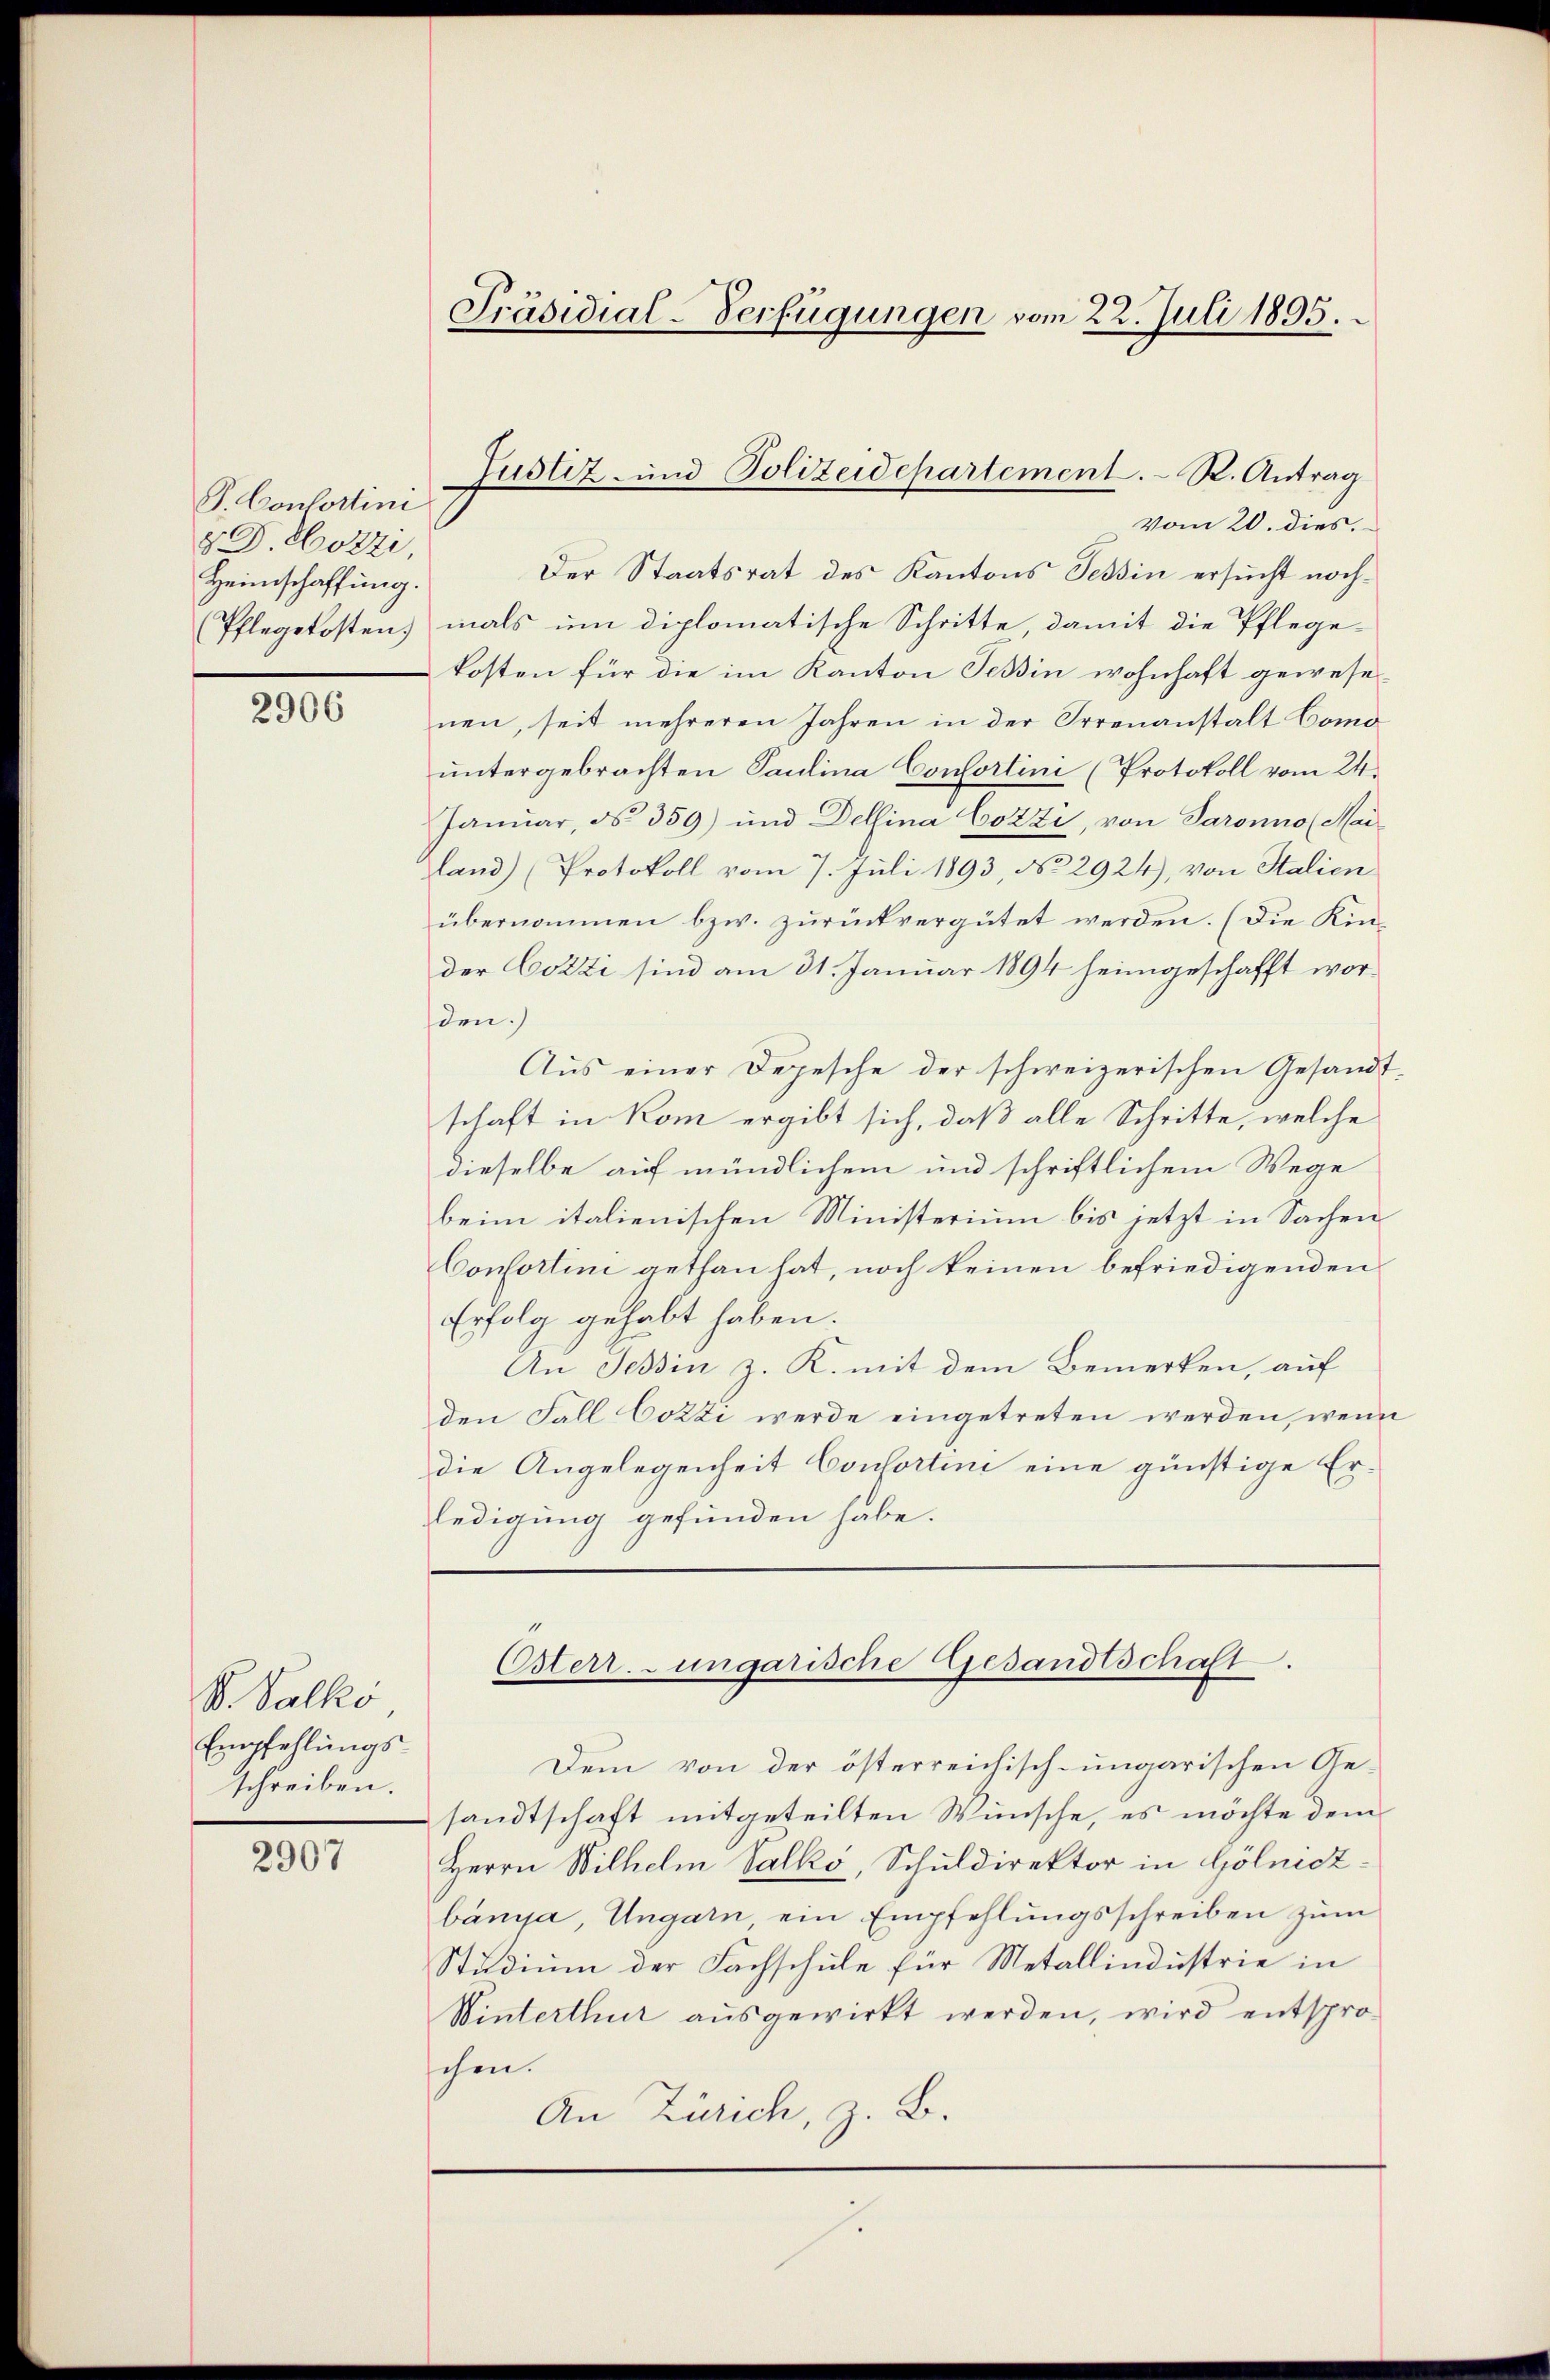
P. Consortini
§. Dr. Hotzi,
Heimschaffung.

2906

B. Salko
Empfehlungs-
schreiben.

2907

Präsidial-Verfügungen vom 22. Juli 1895.

Der Staatsrat des Kantons Tessin ersucht noch¬
Pflegekosten mals um diplomatische Schritte, damit die Pflege-
kosten für die im Kanton Teßin wohnhaft gewese
nen, seit mehreren Jahren in der Irrenanstalt Como
ŭntergebrachten Paulina Consortini (Protokoll vom 24.
Januar, d. 359) und Dellina Cozzi, von Paronno (Mai
land) (Protokoll vom 7. Juli 1893, No 2924), von Stalien
übernommen bzw. zurückvergütet werden. (Die Kinder Cozzi sind am 31. Januar 1894 heimgeschafft worden.)
Aus einer Depesche der schweizerischen Gesandtschaft in Rom ergibt sich, daß alle Schritte, welche
dieselbe auf mündlichem und schriftlichem Wege
beim italienischen Ministerium bis jetzt in Sachen
Consortin gethan hat, noch keinen befriedigenden
Erfolg gehabt haben.
An Tessin z. K. mit dem Bemerken, auf
den Fall Cozzi werde eingetreten werden, wenn
die Angelegenheit Consortini eine günstige Erledigung gefunden habe.

Justiz- und Polizeidepartement. R. Antrag
vom 20. dies.

Osterr. ungarische Gesandtschaft.

Dem von der österreichisch-ungarischen Ge-
sandtschaft mitgeteilten Wünsche, es möchte dem
Herrn Wilhelm Valkó, Schuldirektor in Gölniczbánya, Ungarn ein Empfehlungsschreiben zum
Studium der Fachschule für Metallindustrie in
Winterthur ausgewirkt werden, wird entspro-
schen.
An Zürich, z. B.